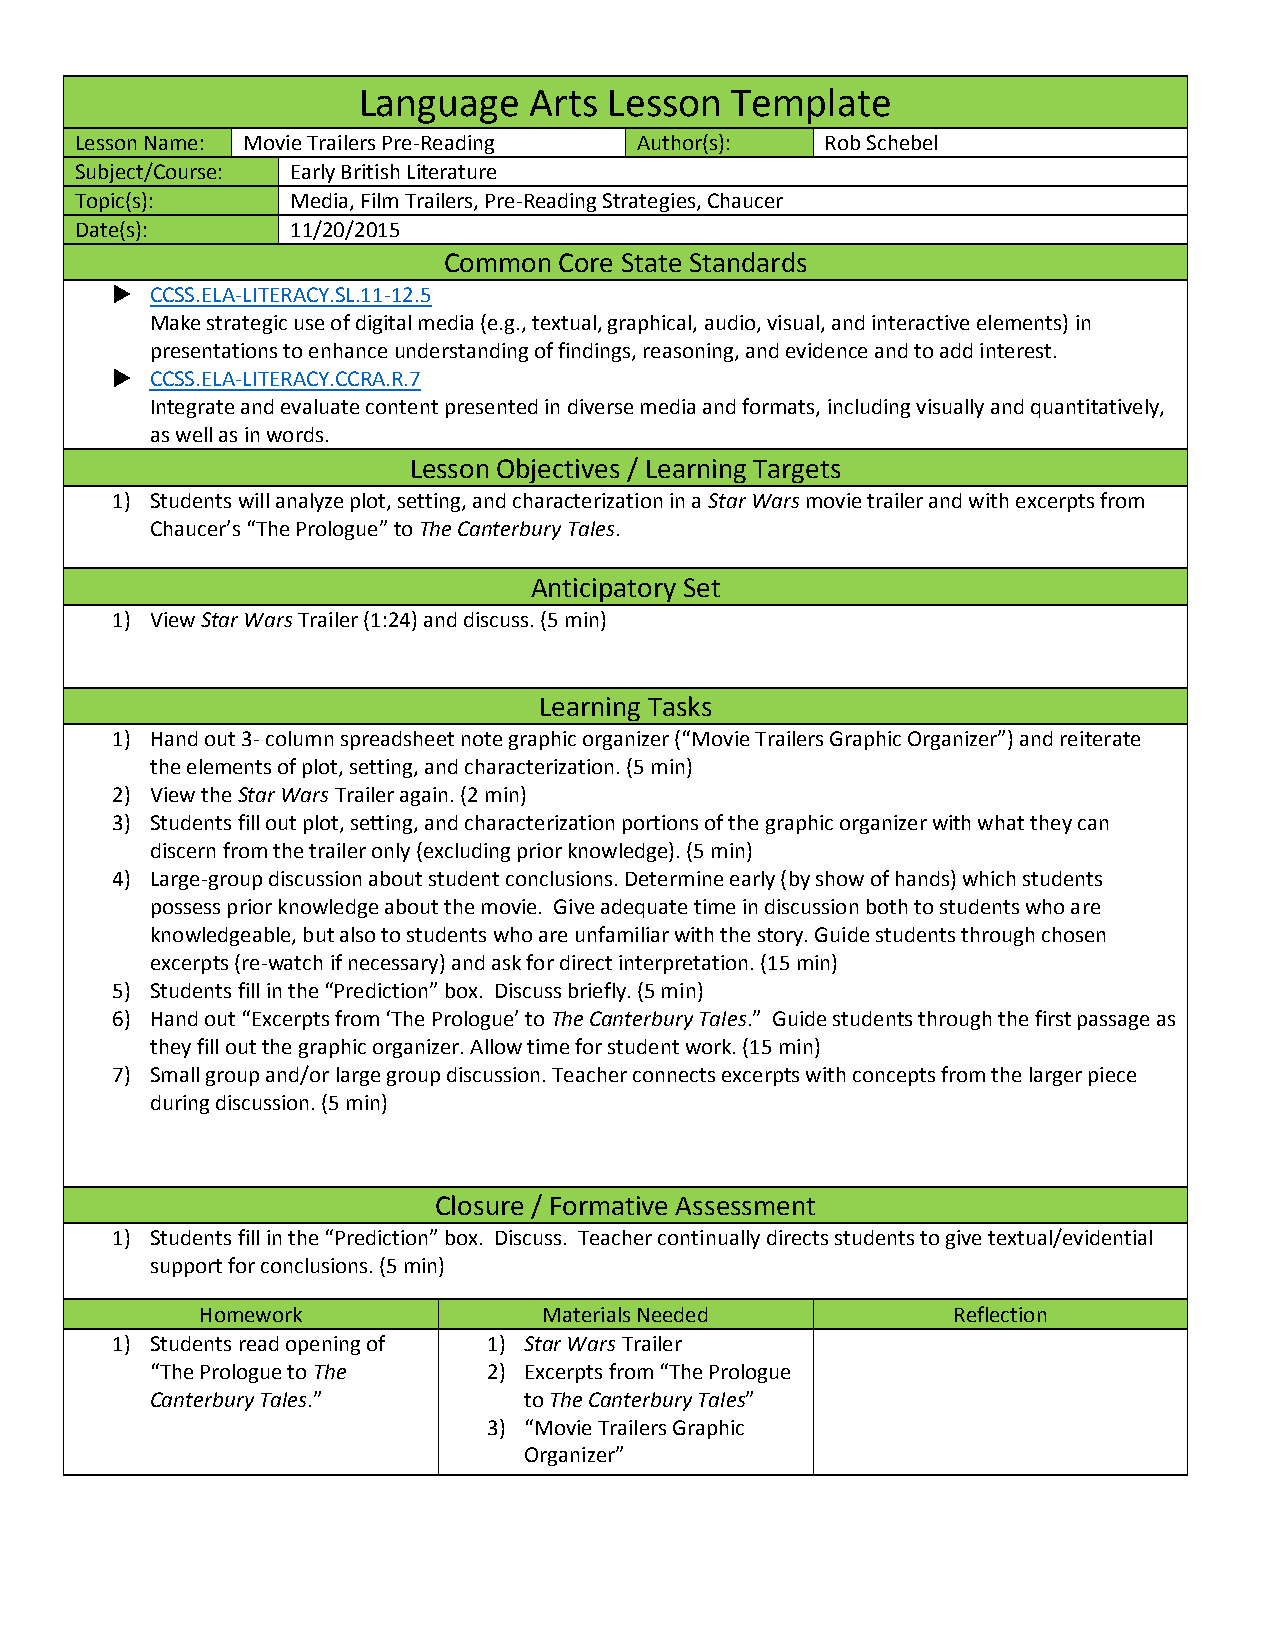
Language   Arts Lesson  Template
 Lesson Name: Movie Trailers Pre-Reading Author(s): Rob Schebel
 Subject/Course: Early British Literature
 Topic(s):     Media, Film Trailers, Pre-Reading Strategies, Chaucer
 Date(s):      11/20/2015
 Common  Core State Standards
   CCSS.ELA-LITERACY.SL.11-12.5
 Make strategic use of digital media (e.g., textual, graphical, audio, visual, and interactive elements) in
 presentations to enhance understanding of findings, reasoning, and evidence and to add interest.
   CCSS.ELA-LITERACY.CCRA.R.7
 Integrate and evaluate content presented in diverse media and formats, including visually and quantitatively,
 as well as in words.
 Lesson Objectives / Learning Targets
 1) Students will analyze plot, setting, and characterization in a Star Wars movie trailer and with excerpts from
 Chaucer’s “The Prologue” to The Canterbury Tales.
 Anticipatory Set
 1) View Star Wars Trailer (1:24) and discuss. (5 min)
 Learning Tasks
 1) Hand out 3- column spreadsheet note graphic organizer (“Movie Trailers Graphic Organizer”) and reiterate
 the elements of plot, setting, and characterization. (5 min)
 2) View the Star Wars Trailer again. (2 min)
 3) Students fill out plot, setting, and characterization portions of the graphic organizer with what they can
 discern from the trailer only (excluding prior knowledge). (5 min)
 4) Large-group discussion about student conclusions. Determine early (by show of hands) which students
 possess prior knowledge about the movie. Give adequate time in discussion both to students who are
 knowledgeable, but also to students who are unfamiliar with the story. Guide students through chosen
 excerpts (re-watch if necessary) and ask for direct interpretation. (15 min)
 5) Students fill in the “Prediction” box. Discuss briefly. (5 min)
 6) Hand out “Excerpts from ‘The Prologue’ to The Canterbury Tales.” Guide students through the first passage as
 they fill out the graphic organizer. Allow time for student work. (15 min)
 7) Small group and/or large group discussion. Teacher connects excerpts with concepts from the larger piece
 during discussion. (5 min)
 Closure / Formative Assessment
 1) Students fill in the “Prediction” box. Discuss. Teacher continually directs students to give textual/evidential
 support for conclusions. (5 min)
 Homework               Materials Needed           Reflection
 1) Students read opening of 1) Star Wars Trailer
 “The Prologue to The  2) Excerpts from “The Prologue
 Canterbury Tales.”       to The Canterbury Tales”
 3) “Movie Trailers Graphic
 Organizer”